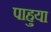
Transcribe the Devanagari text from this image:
पाहुया